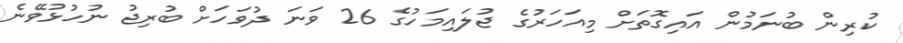
ކުރިން ބުނަމުން އައިގޮތަށް މިއަހަރުގެ ޖުލައިމަހުގެ 26 ވަނަ ދުވަަހަށް ބުރިޖު ނުހުޅުވޭނެ